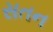
સતન